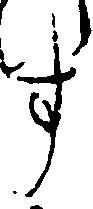
す